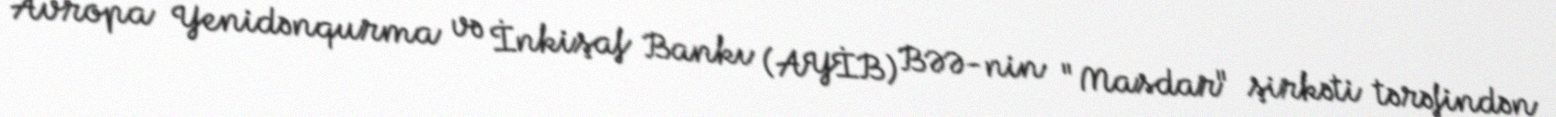
Avropa Yenidənqurma və İnkişaf Bankı (AYİB) BƏƏ-nin "Masdar" şirkəti tərəfindən